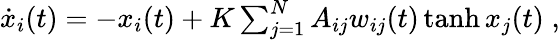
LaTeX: \begin{array}{r}{\dot{x}_{i}(t)=-x_{i}(t)+K\sum_{j=1}^{N}A_{ij}w_{ij}(t)\operatorname{tanh}{x_{j}(t)}\; ,}\end{array}